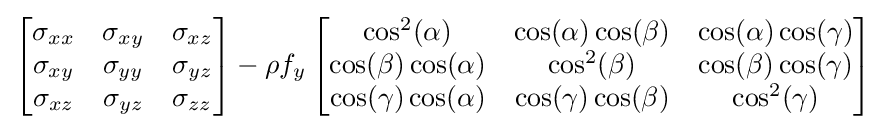
\left[{\begin{matrix}\sigma _{xx}&\sigma _{xy}&\sigma _{xz}\\\sigma _{xy}&\sigma _{yy}&\sigma _{yz}\\\sigma _{xz}&\sigma _{yz}&\sigma _{zz}\\\end{matrix}}\right]-\rho f_{y}\left[{\begin{matrix}\cos ^{2}(\alpha )&\cos(\alpha )\cos(\beta )&\cos(\alpha )\cos(\gamma )\\\cos(\beta )\cos(\alpha )&\cos ^{2}(\beta )&\cos(\beta )\cos(\gamma )\\\cos(\gamma )\cos(\alpha )&\cos(\gamma )\cos(\beta )&\cos ^{2}(\gamma )\\\end{matrix}}\right]